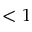
< 1